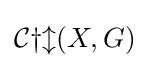
{\mathcal {Cyl}}(X,G)